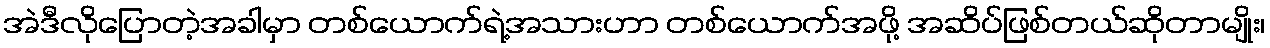
အဲဒီလိုပြောတဲ့အခါမှာ တစ်ယောက်ရဲ့အသားဟာ တစ်ယောက်အဖို့ အဆိပ်ဖြစ်တယ်ဆိုတာမျိုး၊